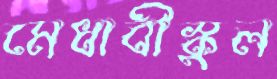
মেধাবীস্কুল